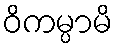
ဝိကမ္ပာမိ